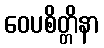
ဝေပစိတ္တိနာ